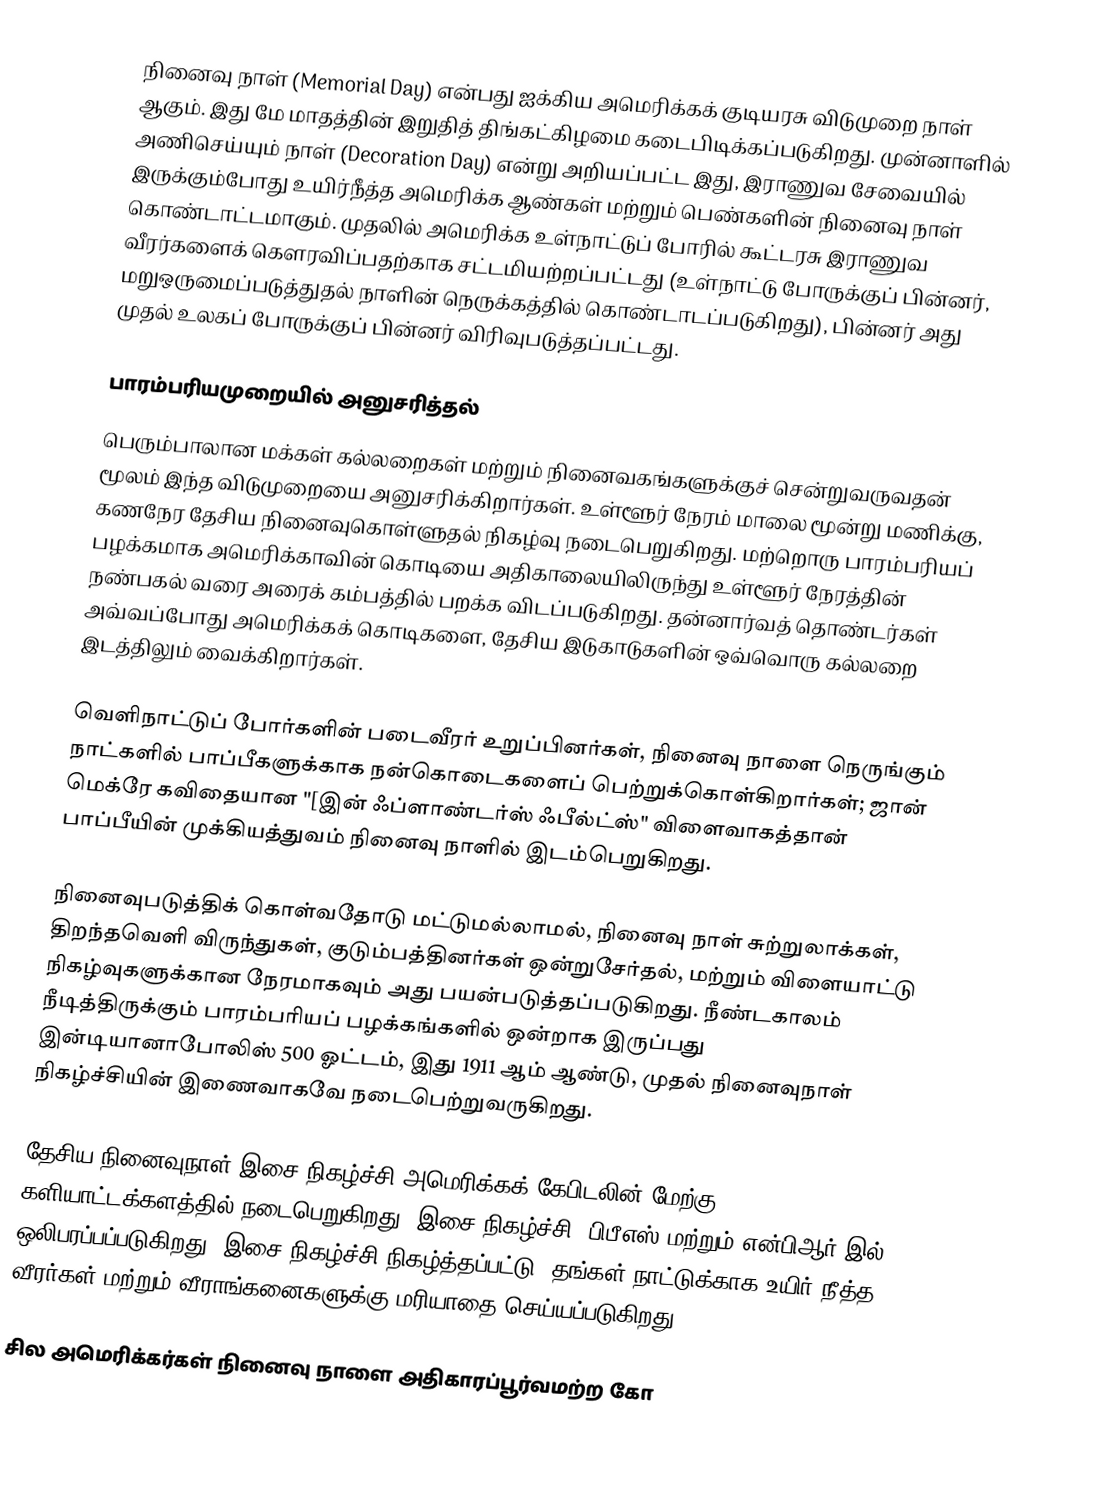
நினைவு நாள் (Memorial Day) என்பது ஐக்கிய அமெரிக்கக் குடியரசு விடுமுறை நாள் ஆகும். இது மே மாதத்தின் இறுதித் திங்கட்கிழமை கடைபிடிக்கப்படுகிறது. முன்னாளில் அணிசெய்யும் நாள் (Decoration Day)  என்று அறியப்பட்ட இது, இராணுவ சேவையில் இருக்கும்போது உயிர்நீத்த அமெரிக்க ஆண்கள் மற்றும் பெண்களின் நினைவு நாள் கொண்டாட்டமாகும். முதலில் அமெரிக்க உள்நாட்டுப் போரில் கூட்டரசு இராணுவ வீரர்களைக் கௌரவிப்பதற்காக சட்டமியற்றப்பட்டது (உள்நாட்டு போருக்குப் பின்னர், மறுஒருமைப்படுத்துதல் நாளின் நெருக்கத்தில் கொண்டாடப்படுகிறது), பின்னர் அது முதல் உலகப் போருக்குப் பின்னர் விரிவுபடுத்தப்பட்டது.

பாரம்பரியமுறையில் அனுசரித்தல்
பெரும்பாலான மக்கள் கல்லறைகள் மற்றும் நினைவகங்களுக்குச் சென்றுவருவதன் மூலம் இந்த விடுமுறையை அனுசரிக்கிறார்கள். உள்ளூர் நேரம் மாலை மூன்று மணிக்கு, கணநேர தேசிய நினைவுகொள்ளுதல் நிகழ்வு நடைபெறுகிறது. மற்றொரு பாரம்பரியப் பழக்கமாக அமெரிக்காவின் கொடியை அதிகாலையிலிருந்து உள்ளூர் நேரத்தின் நண்பகல் வரை அரைக் கம்பத்தில் பறக்க விடப்படுகிறது. தன்னார்வத் தொண்டர்கள் அவ்வப்போது அமெரிக்கக் கொடிகளை, தேசிய இடுகாடுகளின் ஒவ்வொரு கல்லறை இடத்திலும் வைக்கிறார்கள்.

வெளிநாட்டுப் போர்களின் படைவீரர் உறுப்பினர்கள், நினைவு நாளை நெருங்கும் நாட்களில் பாப்பீகளுக்காக நன்கொடைகளைப் பெற்றுக்கொள்கிறார்கள்; ஜான் மெக்ரே கவிதையான "[இன் ஃப்ளாண்டர்ஸ் ஃபீல்ட்ஸ்" விளைவாகத்தான் பாப்பீயின் முக்கியத்துவம் நினைவு நாளில் இடம்பெறுகிறது.

நினைவுபடுத்திக் கொள்வதோடு மட்டுமல்லாமல், நினைவு நாள் சுற்றுலாக்கள், திறந்தவெளி விருந்துகள், குடும்பத்தினர்கள் ஒன்றுசேர்தல், மற்றும் விளையாட்டு நிகழ்வுகளுக்கான நேரமாகவும் அது பயன்படுத்தப்படுகிறது. நீண்டகாலம் நீடித்திருக்கும் பாரம்பரியப் பழக்கங்களில் ஒன்றாக இருப்பது இன்டியானாபோலிஸ் 500 ஓட்டம், இது 1911 ஆம் ஆண்டு, முதல் நினைவுநாள் நிகழ்ச்சியின் இணைவாகவே நடைபெற்றுவருகிறது.

தேசிய நினைவுநாள் இசை நிகழ்ச்சி அமெரிக்கக் கேபிடலின் மேற்கு களியாட்டக்களத்தில் நடைபெறுகிறது. இசை நிகழ்ச்சி, பிபீஎஸ் மற்றும் என்பிஆர் இல் ஒலிபரப்பப்படுகிறது. இசை நிகழ்ச்சி நிகழ்த்தப்பட்டு, தங்கள் நாட்டுக்காக உயிர் நீத்த வீரர்கள் மற்றும் வீராங்கனைகளுக்கு மரியாதை செய்யப்படுகிறது.

சில அமெரிக்கர்கள் நினைவு நாளை அதிகாரப்பூர்வமற்ற கோ